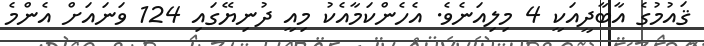
ޤައުމުގެ އާބާދީއަކީ 4 މިލިއަނެވެ. އެހެންކަމާއެކު މިއީ ދުނިޔޭގައި 124 ވަނައަށް އެންމެ